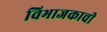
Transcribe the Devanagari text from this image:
विभाजकाची